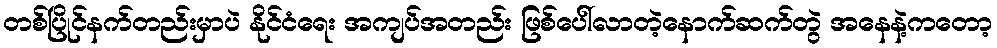
တစ်ပြိုင်နက်တည်းမှာပဲ နိုင်ငံရေး အကျပ်အတည်း ဖြစ်ပေါ်လာတဲ့နောက်ဆက်တွဲ အနေနဲ့ကတော့